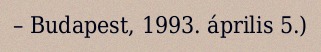
– Budapest, 1993. április 5.)